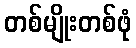
တစ်မျိုးတစ်ဖုံ